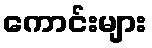
ကောင်းများ